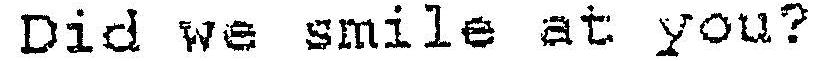
DID WE SMILE AT YOU?